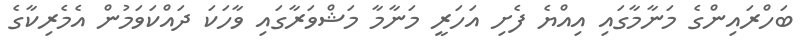
ބަހްރައިންގެ މަނާމާގައި އިއްޔެ ފެށި އަހަރީ މަނާމާ މަޝްވަރާގައި ވާހަކަ ދައްކަވަމުން އެމެރިކާގެ